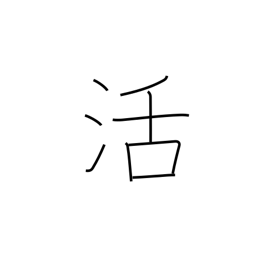
Meaning: resuscitation